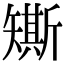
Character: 𥐀